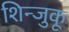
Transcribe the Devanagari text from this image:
शिन्जुकू